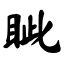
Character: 眦